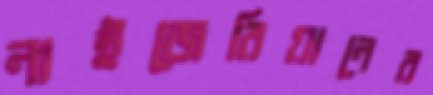
নাইজেরিয়ানের